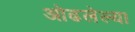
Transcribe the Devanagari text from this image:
ओढलेल्या